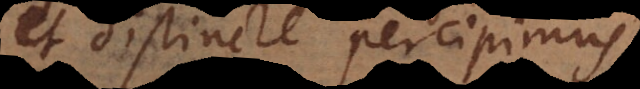
et distincte percipimus